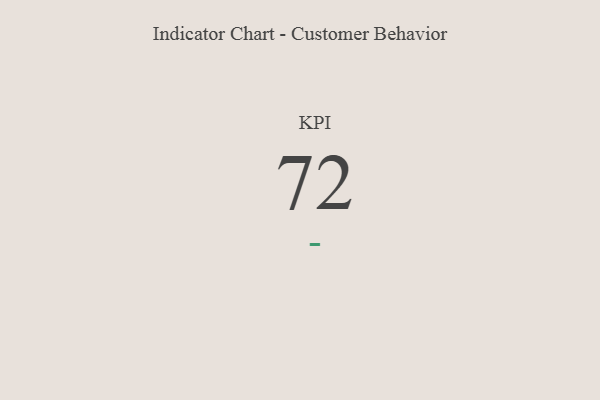
{"axis": {"x": "KPI", "y": "Value"}, "legend": [""], "data": [{"x": "KPI", "y": 72, "type": ""}]}